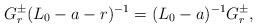
LaTeX: \begin{align*} G^\pm_r(L_0-a-r)^{-1}=(L_0-a)^{-1}G^\pm_r ,\end{align*}